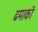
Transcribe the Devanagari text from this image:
ढमाकों